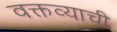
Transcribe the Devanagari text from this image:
वक्तव्याची